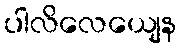
ပါလိလေယျေန